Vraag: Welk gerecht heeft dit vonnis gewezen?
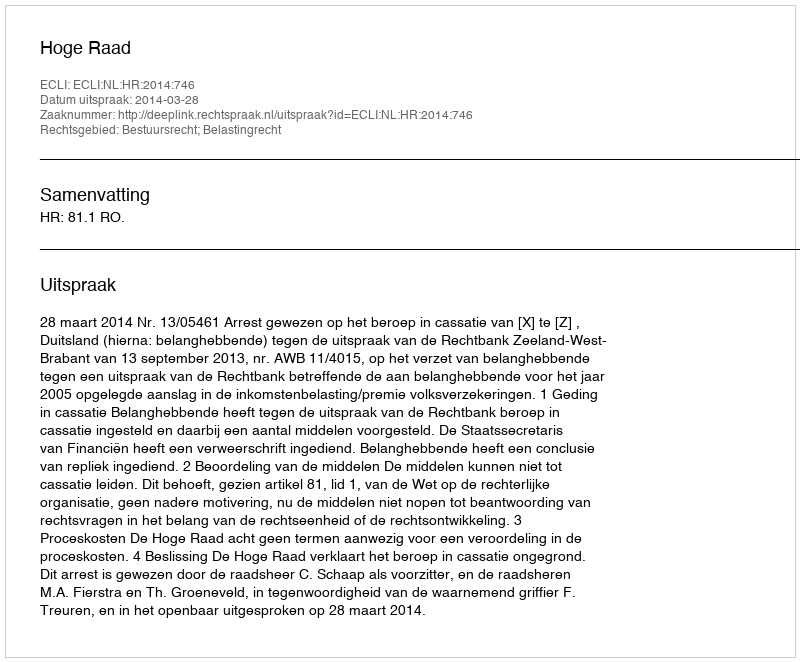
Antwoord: Hoge Raad